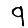
Digit: 9